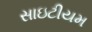
સાઇટીયમ